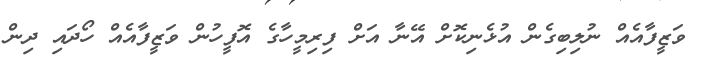
ވަޒީފާއެއް ނުލިބިގެން އުޅެނިކޮށް އޭނާ އަށް ފިރިމީހާގެ އޮފީހުން ވަޒީފާއެއް ހޯދައި ދިން